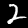
Label: 2